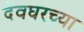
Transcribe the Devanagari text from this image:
देवघरच्या